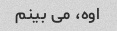
اوه، می بینم